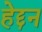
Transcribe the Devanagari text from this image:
हेद्दन